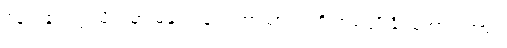
ရန်ကုန်တက္ကသိုလ်မှာ မနုဿဗေဒဘာသာရပ်ကို အစပျိုးနိုင်အောင်လည်း